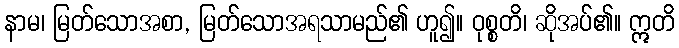
နာမ၊ မြတ်သောအစာ, မြတ်သောအရသာမည်၏ ဟူ၍။ ဝုစ္စတိ၊ ဆိုအပ်၏။ ဣတိ